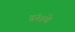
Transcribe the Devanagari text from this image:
डंसते